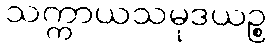
သက္ကာယသမုဒယဉ္စ